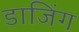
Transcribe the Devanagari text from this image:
डाजिंग